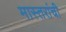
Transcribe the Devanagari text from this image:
मास्तरांची